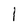
Character: I